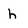
Character: h